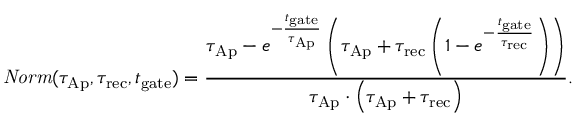
\mathit { N o r m } ( \tau _ { \mathrm { A p } } , \tau _ { \mathrm { r e c } } , t _ { \mathrm { g a t e } } ) = \frac { \tau _ { \mathrm { A p } } - e ^ { - \frac { t _ { \mathrm { g a t e } } } { \tau _ { \mathrm { A p } } } } \left( \tau _ { \mathrm { A p } } + \tau _ { \mathrm { r e c } } \left( 1 - e ^ { - \frac { t _ { \mathrm { g a t e } } } { \tau _ { \mathrm { r e c } } } } \right) \right) } { \tau _ { \mathrm { A p } } \cdot \left( \tau _ { \mathrm { A p } } + \tau _ { \mathrm { r e c } } \right) } .